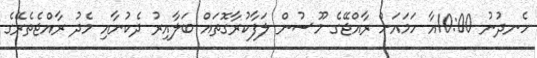
ހެނދުނު 10:00އާ ހަމައަށް ރާއްޖޭގެ މޫސުން ލަފާކުރާގޮތައް ބަލާއިރު ދެކުނާއި މެދު ރާއްޖެތެރޭގެ